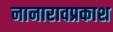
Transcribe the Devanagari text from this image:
नानारावप्रकाश